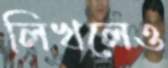
লিখলেও